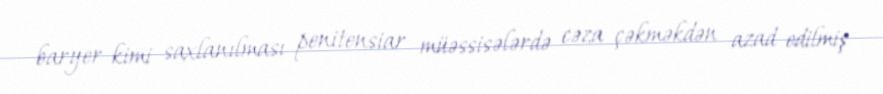
baryer kimi saxlanılması penitensiar müəssisələrdə cəza çəkməkdən azad edilmiş